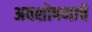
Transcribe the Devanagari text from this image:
अवशोषणाचे